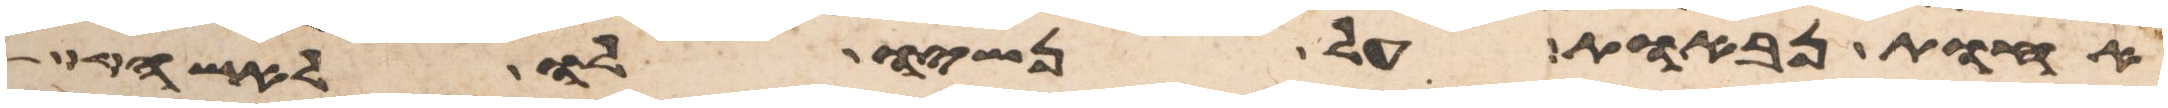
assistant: אחות נבאות על נשיו לו לאשה